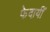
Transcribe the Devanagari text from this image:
फेदायीं